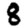
Digit: 8